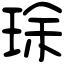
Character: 㻌